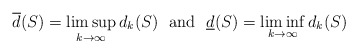
\begin{align*}\overline{d}(S)=\limsup_{k\rightarrow\infty}d_k(S)\,\,\mbox{ and }\,\,\underline{d}(S)=\liminf_{k\rightarrow\infty}d_k(S)\end{align*}